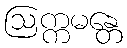
ဩက္ကမန္တေ